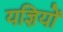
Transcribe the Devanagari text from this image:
यज्ञियों